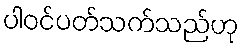
ပါဝင်ပတ်သက်သည်ဟု